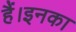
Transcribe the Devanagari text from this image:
हैं।इनका